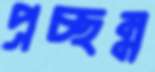
প্রচ্ছন্ন